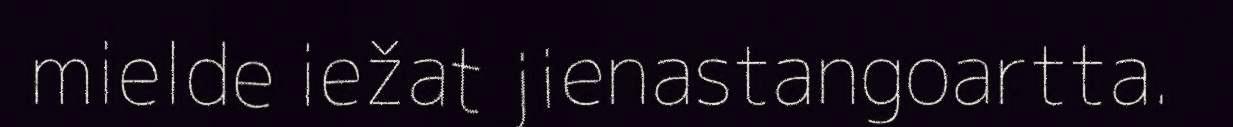
mielde iežat jienastangoartta.